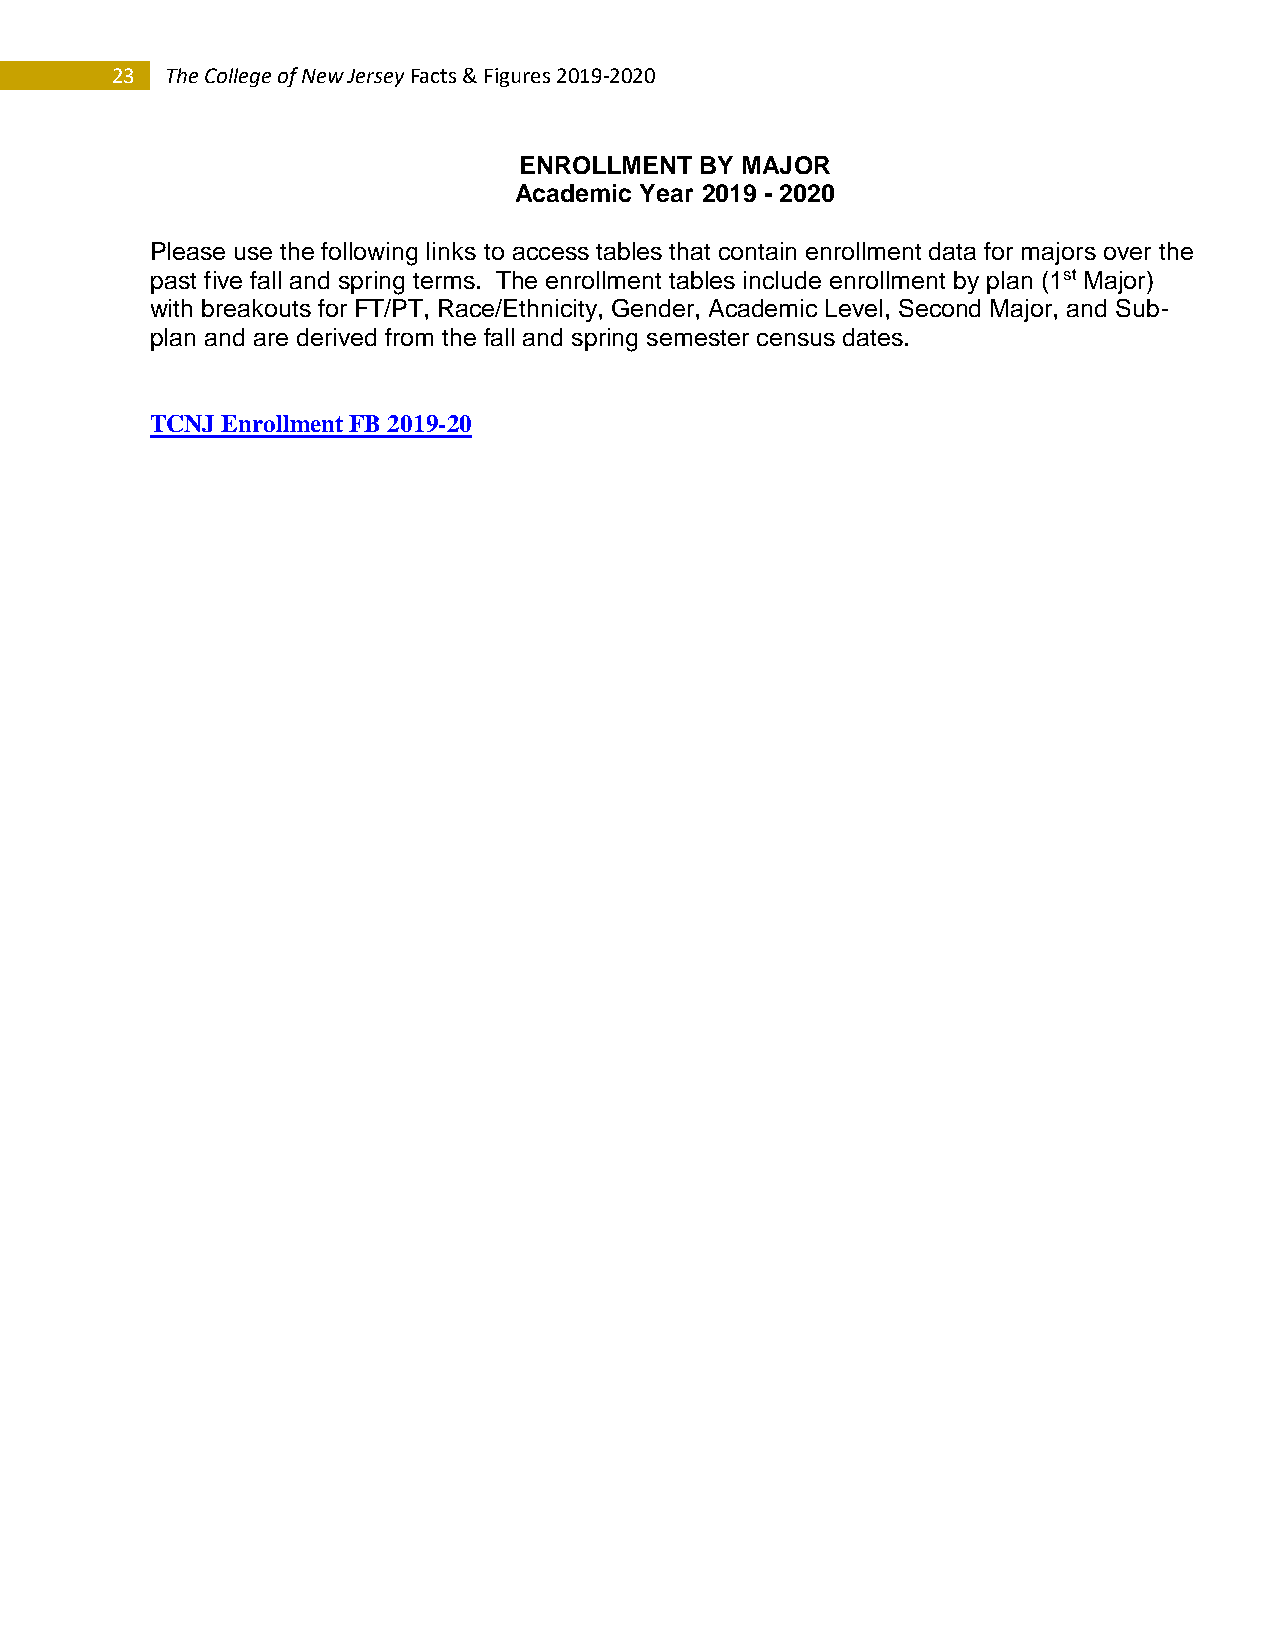
23  The College of New Jersey Facts & Figures 2019-2020
 ENROLLMENT  BY MAJOR
 Academic Year 2019 - 2020
 Please use the following links to access tables that contain enrollment data for majors over the
 past five fall and spring terms. The enrollment tables include enrollment by plan (1st Major)
 with breakouts for FT/PT, Race/Ethnicity, Gender, Academic Level, Second Major, and Sub-
 plan and are derived from the fall and spring semester census dates.
 TCNJ Enrollment FB 2019-20